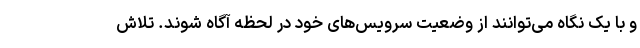
و با یک نگاه می‌توانند از وضعیت سرویس‌های خود در لحظه آگاه شوند. تلاش